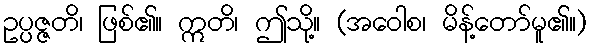
ဥပ္ပဇ္ဇတိ၊ ဖြစ်၏။ ဣတိ၊ ဤသို့။ (အဝေါစ၊ မိန့်တော်မူ၏။)